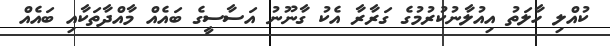
ކުއްލި ހާލަތު އިއުލާނުކުރުމުގެ ގަރާރާ އެކު ގާނޫނު އަސާސީގެ ބައެއް މާއްދާތަކާއި ބައެއް